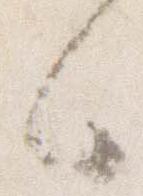
々